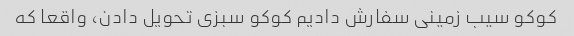
کوکو سیب زمینی سفارش دادیم کوکو سبزی تحویل دادن، واقعا که